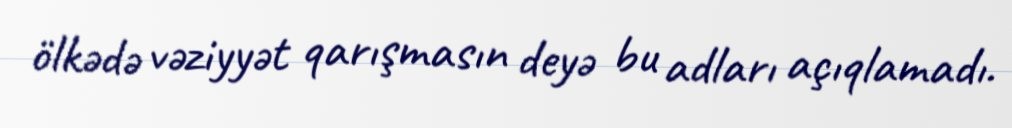
ölkədə vəziyyət qarışmasın deyə bu adları açıqlamadı.